Vaccination North-Western Provinces 1866-1877 - 1866-1877
Year: 1866
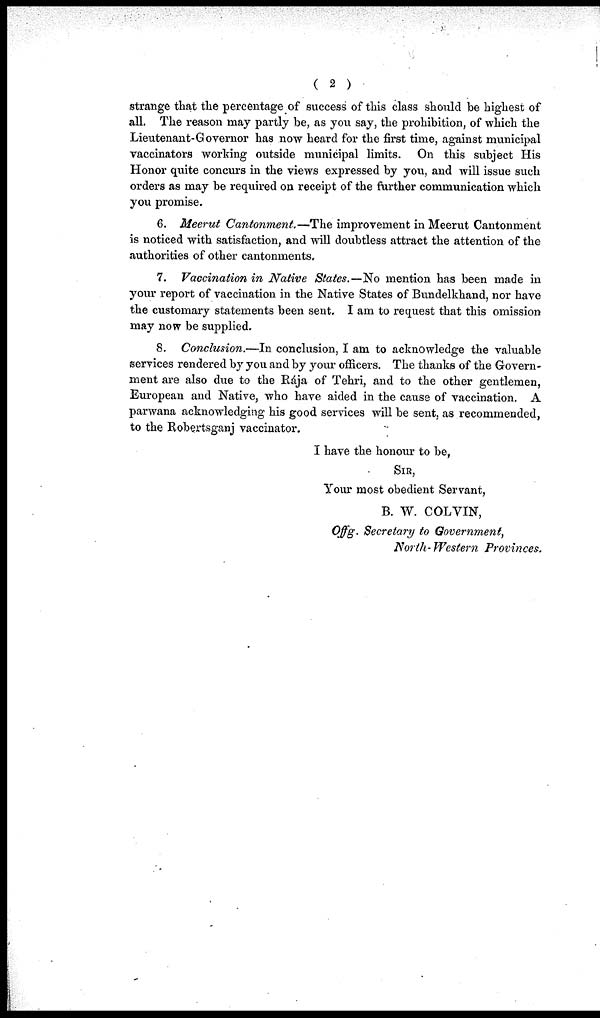
( 2 )
strange that the percentage of success of this class should be highest of
all. The reason may partly be, as you say, the prohibition, of which the
Lieutenant-Governor has now heard for the first time, against municipal
vaccinators working outside municipal limits. On this subject His
Honor quite concurs in the views expressed by you, and will issue such
orders as may be required on receipt of the further communication which
you promise.
6. Meerut Cantonment.—The improvement in Meerut Cantonment
is noticed with satisfaction, and will doubtless attract the attention of the
authorities of other cantonments.
7. Vaccination in Native States.—No mention has been made in
your report of vaccination in the Native States of Bundelkhand, nor have
the customary statements been sent. I am to request that this omission
may now be supplied.
8. Conclusion.—In conclusion, I am to acknowledge the valuable
services rendered by you and by your officers. The thanks of the Govern-
ment are also due to the Rája of Tehri, and to the other gentlemen,
European and Native, who have aided in the cause of vaccination. A
parwana acknowledging his good services will be sent, as recommended,
to the Robertsganj vaccinator.
I have the honour to be,
SIR,
Your most obedient Servant,
B. W. COLVIN,
Offg. Secretary to Government,
North- Western Provinces.